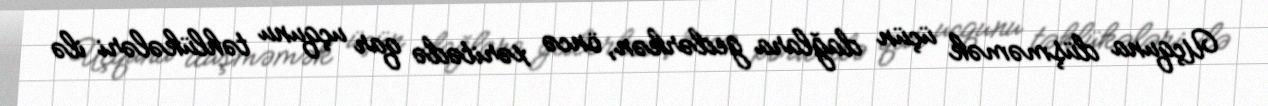
Uçquna düşməmək üçün dağlara gedərkən, öncə xəritədə qar uçqunu təhlükələri ilə